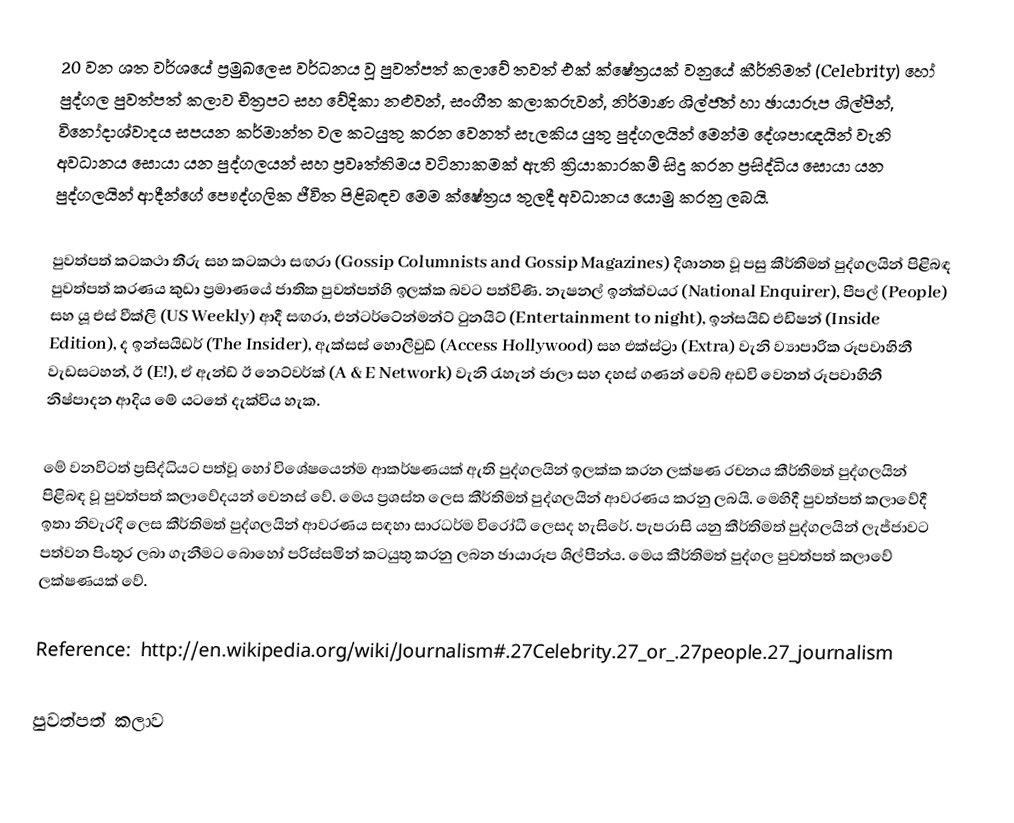
20 වන ශත වර්ශයේ ප්‍රමුඛලෙස වර්ධනය වූ පුවත්පත් කලාවේ තවත් එක් ක්ෂේත්‍රයක් වනුයේ කීර්තිමත් (Celebrity) හෝ පුද්ගල පුවත්පත් කලාව චිත්‍රපට සහ වේදිකා නළුවන්, සංගීත කලාකරුවන්, නිර්මාණ ශිල්ප‍ීන් හා ඡායාරූප ශිල්පීන්, විනෝදාශ්වාදය සපයන කර්මාන්ත වල කටයුතු කරන වෙනත් සැලකිය යුතු පුද්ගලයින් මෙන්ම දේශපාඥයින් වැනි අවධානය සොයා යන පුද්ගලයන් සහ ප්‍රවෘත්තිමය වටිනාකමක් ඇති ක්‍රියාකාරකම් සිදු කරන ප්‍රසිද්ධිය සොයා යන පුද්ගලයින් ආදීන්ගේ පෞද්ගලික ජීවිත පිළිබඳව මෙම ක්ෂේත්‍රය තුලදී අවධානය යොමු කරනු ලබයි.

පුවත්පත් කටකථා තීරු සහ කටකථා සඟරා (Gossip Columnists and Gossip Magazines) දිශානත වූ පසු කීර්තිමත් පුද්ගලයින් පිළිබඳ පුවත්පත් කරණය කුඩා ප්‍රමාණයේ ජාතික පුවත්පත්හි ඉලක්ක බවට පත්විණි.  නැෂනල් ඉන්ක්වයර (National Enquirer), පීපල් (People) සහ යූ එස් වීක්ලි (US Weekly) ආදී සඟරා, එන්ටර්ටේන්මන්ට් ටුනයිට් (Entertainment to night), ඉන්සයිඩ් එඩිෂන් (Inside Edition), ද ඉන්සයිඩර් (The Insider), ඇක්සස් හොලිවුඩ් (Access Hollywood) සහ එක්ස්ට්‍රා (Extra) වැනි ව්‍යාපාරික රූපවාහිනී වැඩසටහන්, ඊ (E!), ඒ ඇන්ඩ් ඊ නෙට්වර්ක් (A & E Network) වැනි රැහැන් ජාලා සහ දහස් ගණන් වෙබ් අඩවි වෙනත් රූපවාහිනී නිෂ්පාදන ආදිය මේ යටතේ දැක්විය හැක.

මේ වනවිටත් ප්‍රසිද්ධියට පත්වූ හෝ  විශේෂයෙන්ම ආකර්ෂණයක් ඇති පුද්ගලයින් ඉලක්ක කරන ලක්ෂණ රචනය කීර්තිමත් පුද්ගලයින් පිළිබඳ වූ පුවත්පත් කලාවේදයන් වෙනස් වේ.  මෙය ප්‍රශස්ත ලෙස කීර්තිමත් පුද්ගලයින් ආවරණය කරනු ලබයි.  මෙහිදී පුවත්පත් කලාවේදී ඉතා නිවැරදි ලෙස කීර්තිමත් පුද්ගලයින් ආවරණය සඳහා සාරධර්ම විරෝධී ලෙසද හැසිරේ‍.  පැපරාසි යනු කීර්තිමත් පුද්ගලයින් ලැජ්ජාවට පත්වන පිංතූර ලබා ගැනීමට බොහෝ පරිස්සමින් කටයුතු කරනු ලබන ඡායාරූප ශිල්පීන්ය.  මෙය කීර්තිමත් පුද්ගල පුවත්පත් කලාවේ ලක්ෂණයක් වේ.

Reference: http://en.wikipedia.org/wiki/Journalism#.27Celebrity.27_or_.27people.27_journalism

පුවත්පත් කලාව